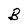
Character: B